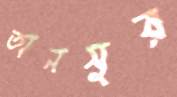
তানসুর